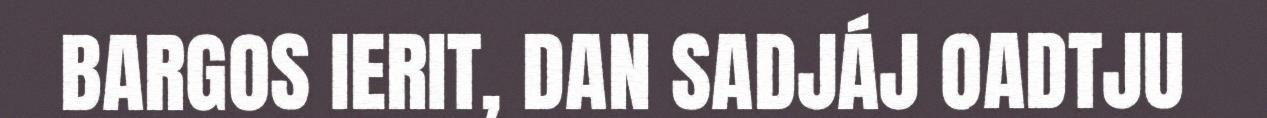
BARGOS IERIT, DAN SADJÁJ OADTJU